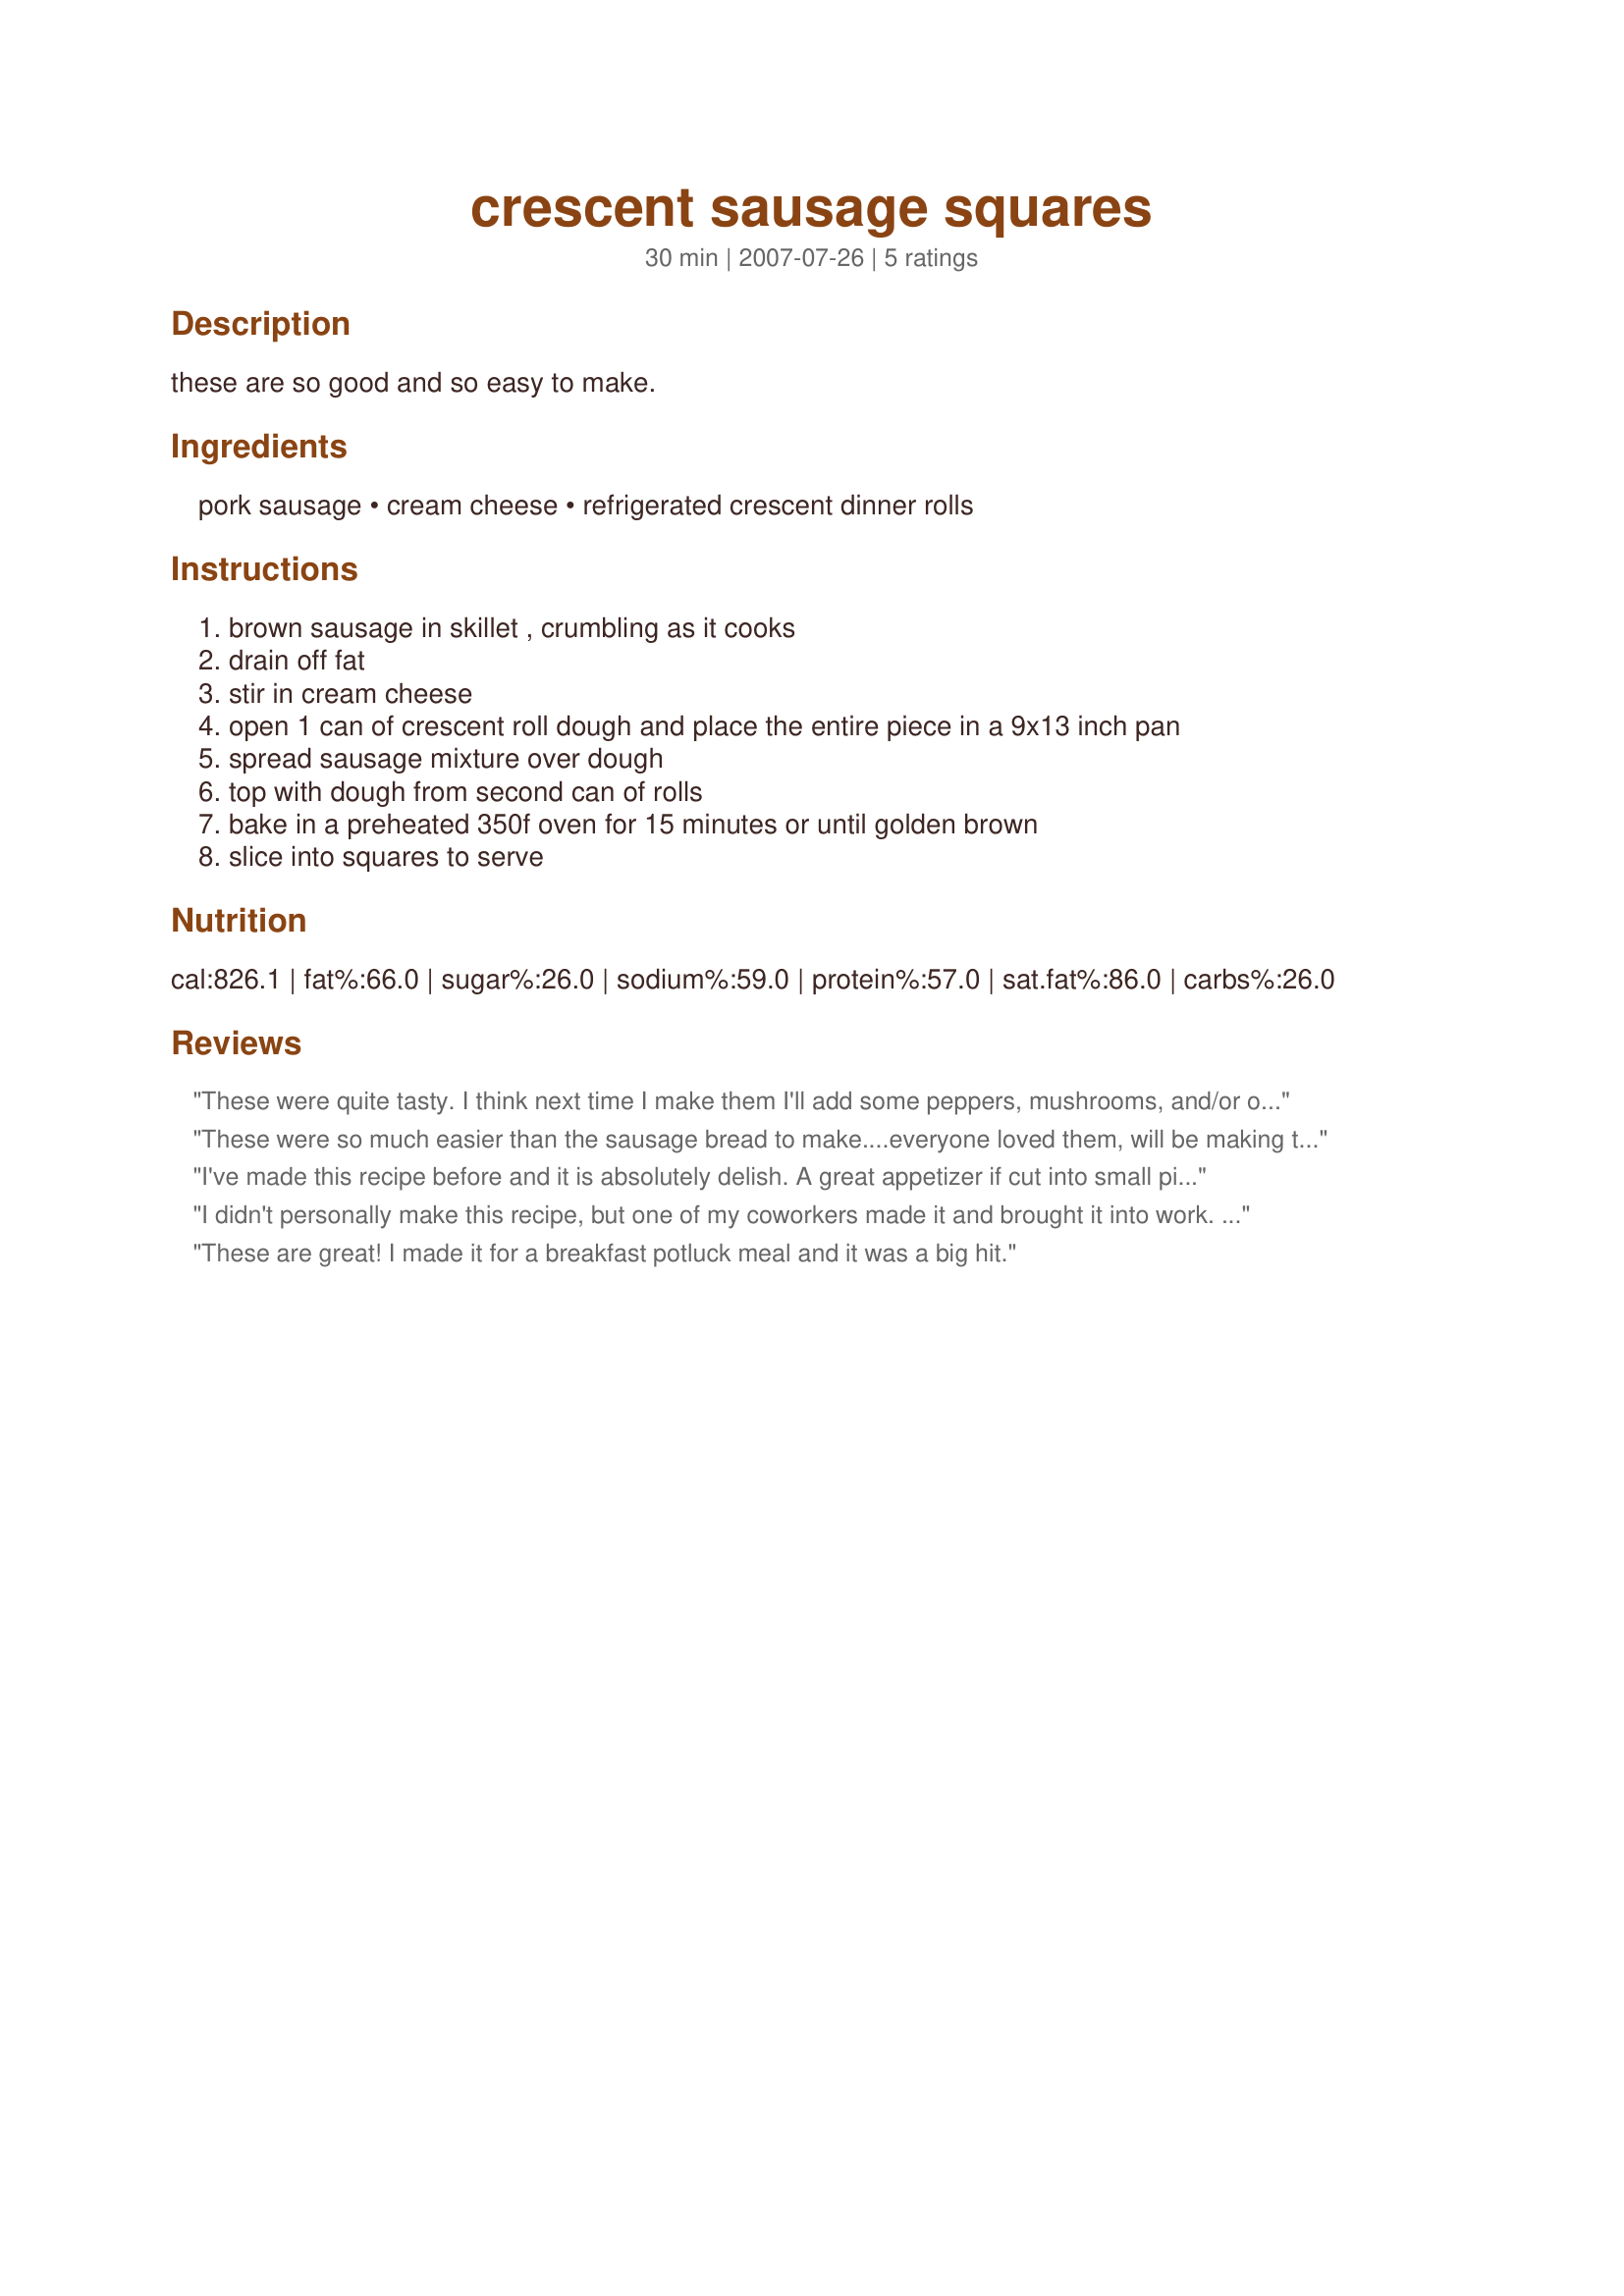
crescent sausage squares
Preparation time: 30 minutes

these are so good and so easy to make.

Ingredients:
pork sausage, cream cheese, refrigerated crescent dinner rolls

Steps:
brown sausage in skillet , crumbling as it cooks, drain off fat, stir in cream cheese, open 1 can of crescent roll dough and place the entire piece in a 9x13 inch pan, spread sausage mixture over dough, top with dough from second can of rolls, bake in a preheated 350f oven for 15 minutes or until golden brown, slice into squares to serve

Reviews:
These were quite tasty. I think next time I make them I'll add some peppers, mushrooms, and/or onions to add a little extra flavor. I also had to cook them longer than the stated time. Also my crescent roll packages were 8 ounce each but they fit the pan perfectly.
These were so much easier than the sausage bread to make....everyone loved them, will be making them for euchre this month....thanks
I've made this recipe before and it is absolutely delish. A great appetizer if cut into small pieces or as a main meal with scrambled eggs. Yum! Yum!
I didn't personally make this recipe, but one of my coworkers made it and brought it into work. You wouldn't think something this easy would taste SO good!! This is definitely one I'm gonna be making myself at home!
These are great! I made it for a breakfast potluck meal and it was a big hit.
